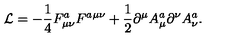
{ \cal L } = - { \frac { 1 } { 4 } } F _ { \mu \nu } ^ { a } F ^ { a \mu \nu } + { \frac { 1 } { 2 } } \partial ^ { \mu } A _ { \mu } ^ { a } \partial ^ { \nu } A _ { \nu } ^ { a } .